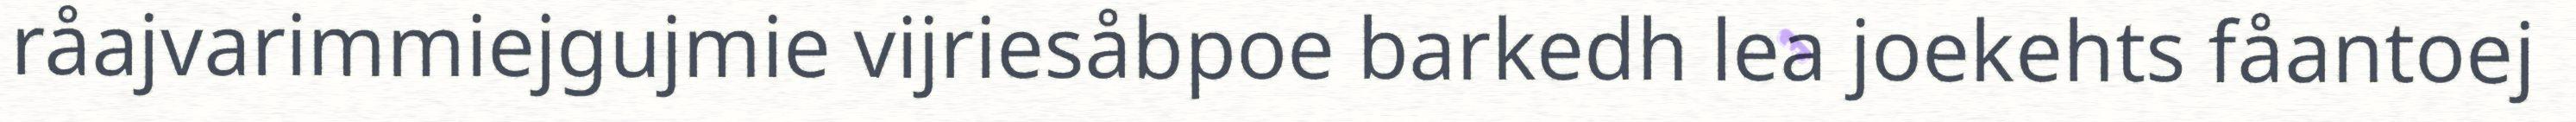
råajvarimmiejgujmie vijriesåbpoe barkedh lea joekehts fåantoej